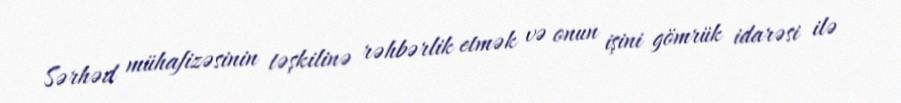
Sərhəd mühafizəsinin təşkilinə rəhbərlik etmək və onun işini gömrük idarəsi ilə